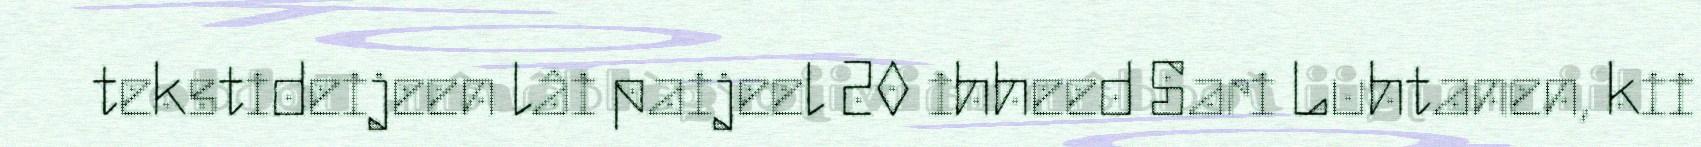
tekstideijeen lâi paijeel 20 ihheed Sari Luhtanen, kii